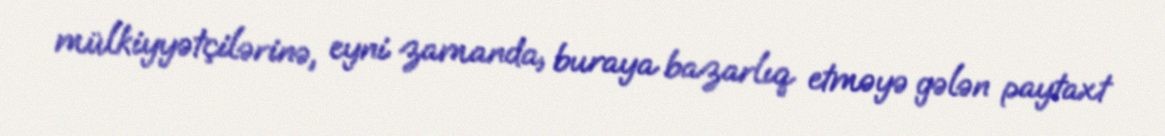
mülkiyyətçilərinə, eyni zamanda, buraya bazarlıq etməyə gələn paytaxt